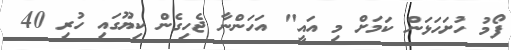
ފޯމު ހުށަހަޅަން ކަމަށް މި އައީ" އަހަންނާ ޖެހިގެން ކިޔޫގައި ހުރި 40